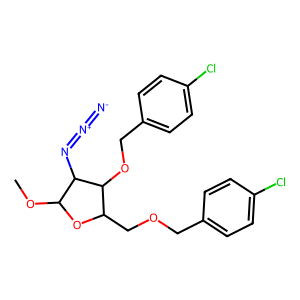
SMILES: COC1OC(COCc2ccc(Cl)cc2)C(OCc2ccc(Cl)cc2)C1N=[N+]=[N-]
Inhibits HIV replication: No